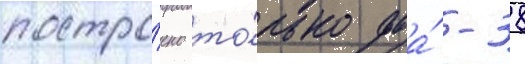
постро́ено то́лько два́ -38